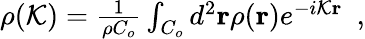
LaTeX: \begin{array}{r}{\rho({\cal K})=\frac{1}{\rho C_{o}}\int_{C_{o}}d^{2}{\mathbf r}\rho({\mathbf r})e^{-i{\cal K}{\mathbf r}}~~,}\end{array}